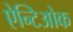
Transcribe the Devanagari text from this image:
ऐन्टिओक